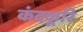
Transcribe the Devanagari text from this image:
कंदकूरि